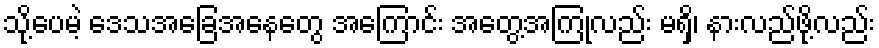
သို့ပေမဲ့ ဒေသအခြေအနေတွေ အကြောင်း အတွေ့အကြုံလည်း မရှိ၊ နားလည်ဖို့လည်း